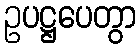
ဥပဋ္ဌပေတွာ